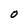
Character: O